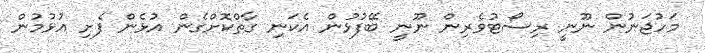
މަހުޖަނުން ނޫނީ ރިސޯޓުވެރިން ނޫނީ ބޭފުޅުން އެކަނި ގާތްކޮށްގެން އުޅެން ފެށި އުޅުމުން